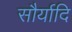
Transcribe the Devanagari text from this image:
सौर्यादि